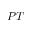
{ \cal P T }